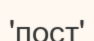
'пост'